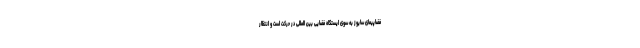
فضاپیمای سایوز به سوی ایستگاه فضایی بین المللی در حرکت است و انتظار